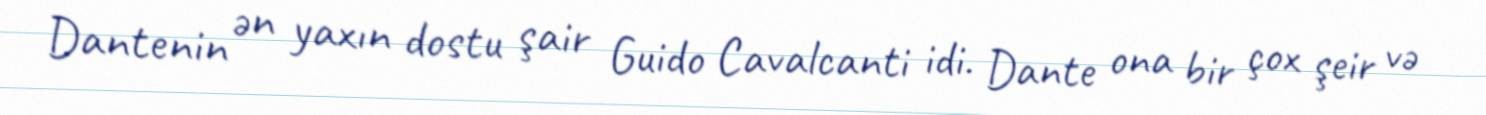
Dantenin ən yaxın dostu şair Guido Cavalcanti idi. Dante ona bir çox şeir və